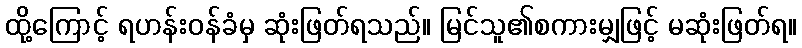
ထို့ကြောင့် ရဟန်းဝန်ခံမှ ဆုံးဖြတ်ရသည်။ မြင်သူ၏စကားမျှဖြင့် မဆုံးဖြတ်ရ။